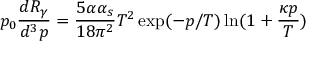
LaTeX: p _ { 0 } \frac { d R _ { \gamma } } { d ^ { 3 } p } = \frac { 5 \alpha \alpha _ { s } } { 1 8 \pi ^ { 2 } } T ^ { 2 } \exp ( - p / T ) \ln ( 1 + \frac { \kappa p } { T } )